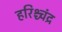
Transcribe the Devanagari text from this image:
हरिश्च्चंद्र